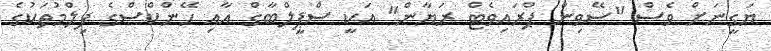
ޔަގީނަށް ވެސް "ސޭވިން ޕްރައިވެޓް ރަޔާން" އަކީ ސްޕީލްބާގް އާއި ހޭންކްސްގެ ފިލްމުތަކުގެ